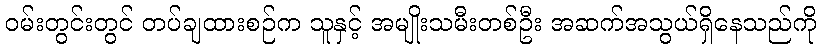
ဝမ်းတွင်းတွင် တပ်ချထားစဉ်က သူနှင့် အမျိုးသမီးတစ်ဦး အဆက်အသွယ်ရှိနေသည်ကို